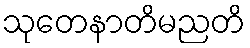
သုတေနာတိမညတိ